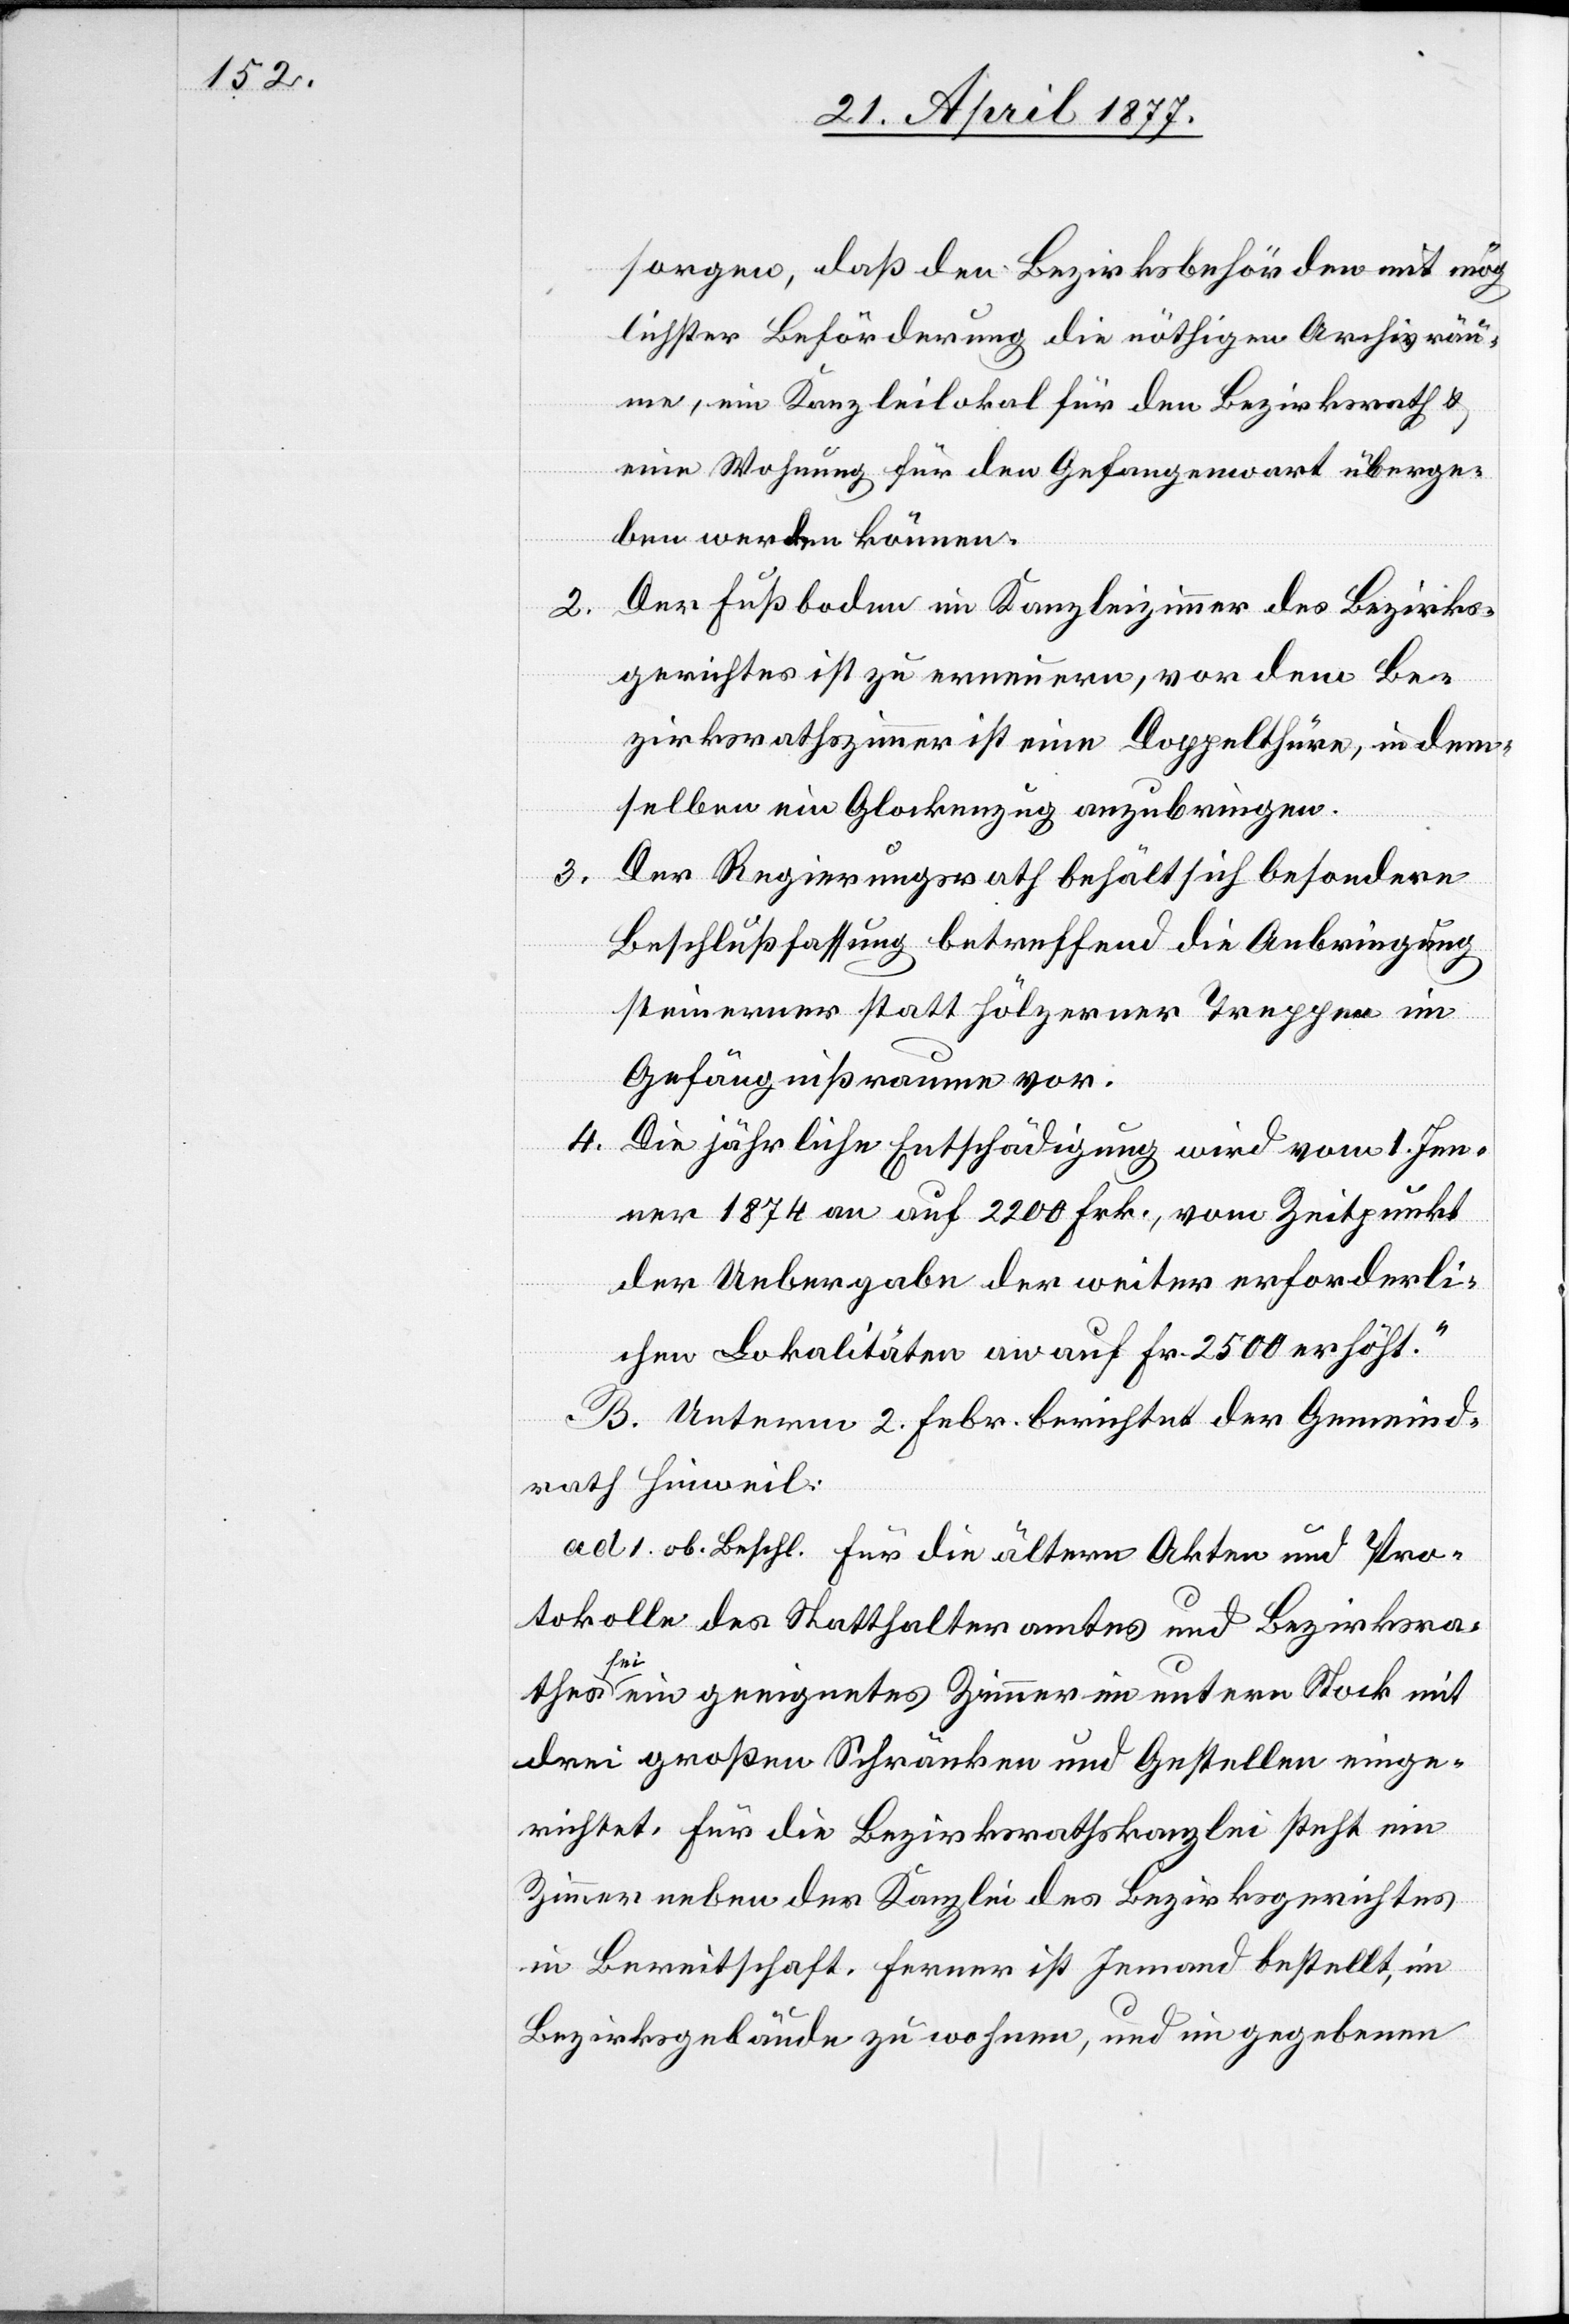
2.
3.

sorgen, daß den Bezirksbehörden mit mög¬
lichster Beförderung die nöthigen Archivräu¬
me, ein Kanzleilokal für den Bezirksrath &
eine Wohnung für den Gefangenwart überge¬
ben werden können.
Der Fußboden im Kanzleizimmer des Bezirks¬
gerichtes ist zu erneuern, vor dem Be¬
zirksrathszimmer ist eine Doppelthüre, in dem¬
selben ein Glockenzug anzubringen.
Der Regierungsrath behält sich besondere
Beschlußfassung betreffend die Anbringung
steinerner statt hölzerner Treppen im
Gefängnißraume vor.
4.
Die jährliche Entschädigung wird vom 1. Jen¬
ner 1874 an auf 2200 Frk., vom Zeitpunkt
der Uebergabe der weiter erforderli¬
chen Lokalitäten auf Fr. 2500 erhöht.“
B. Unterm 2. Febr. berichtet der Gemeind¬
rath Hinweil:
ad 1. ob. Beschl. für die ältern Akten und Pro¬
tokolle des Statthalteramtes und Bezirksra¬
thes sei ein geeignetes Zimmer im untern Stock mit
drei großen Schränken und Gestellen einge¬
richtet. Für die Bezirksrathskanzlei steht ein
Zimmer neben der Kanzlei des Bezirksgerichtes
in Bereitschaft. Ferner ist Jemand bestellt, im
Bezirksgebäude zu wohnen, und im gegebenen